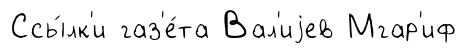
Ссы́лк'и газ'е́та Вал'иjев Мгар'иф